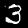
Label: 3